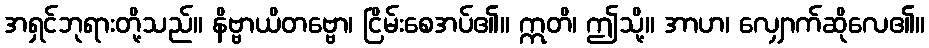
အရှင်ဘုရားတို့သည်။ နိဗ္ဗာယိတဗ္ဗော၊ ငြိမ်းစေအပ်၏။ ဣတိ၊ ဤသို့။ အာဟ၊ လျှောက်ဆိုလေ၏။